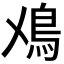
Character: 𩾘